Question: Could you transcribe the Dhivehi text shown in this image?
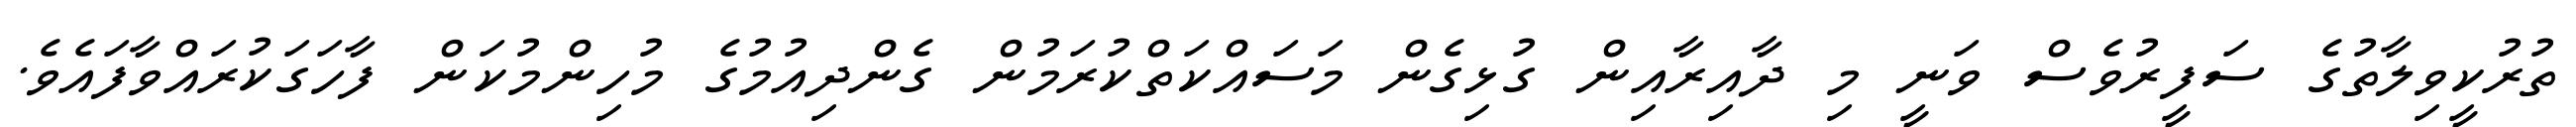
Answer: ތުރުކީވިލާތުގެ ސަފީރުވެސް ވަނީ މި ދާއިރާއިން ގުޅިގެން މަސައްކަތްކުރަމުން ގެންދިއުމުގެ މުހިންމުކަން ފާހަގަކުރައްވާފައެވެ.